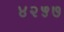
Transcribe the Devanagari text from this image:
४२५७